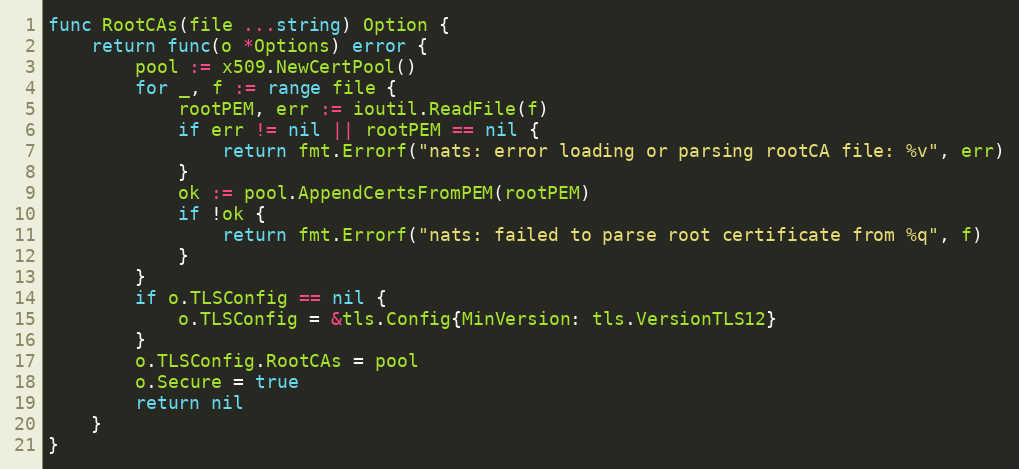
Language: Go
func RootCAs(file ...string) Option {
	return func(o *Options) error {
		pool := x509.NewCertPool()
		for _, f := range file {
			rootPEM, err := ioutil.ReadFile(f)
			if err != nil || rootPEM == nil {
				return fmt.Errorf("nats: error loading or parsing rootCA file: %v", err)
			}
			ok := pool.AppendCertsFromPEM(rootPEM)
			if !ok {
				return fmt.Errorf("nats: failed to parse root certificate from %q", f)
			}
		}
		if o.TLSConfig == nil {
			o.TLSConfig = &tls.Config{MinVersion: tls.VersionTLS12}
		}
		o.TLSConfig.RootCAs = pool
		o.Secure = true
		return nil
	}
}